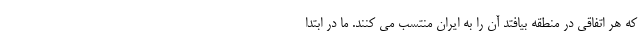
که هر اتفاقی در منطقه بیافتد آن را به ایران منتسب می کنند. ما در ابتدا